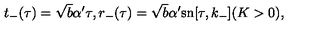
t _ { - } ( \tau ) = \sqrt { b } \alpha ^ { \prime } \tau , r _ { - } ( \tau ) = \sqrt { b } \alpha ^ { \prime } \mathrm { s n } [ \tau , k _ { - } ] ( K > 0 ) ,